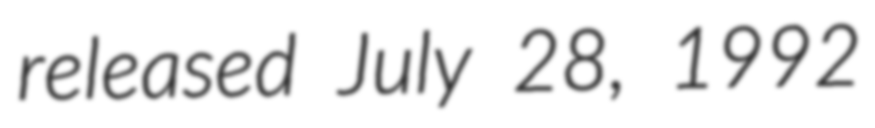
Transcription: released July 28, 1992